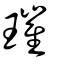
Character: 璀